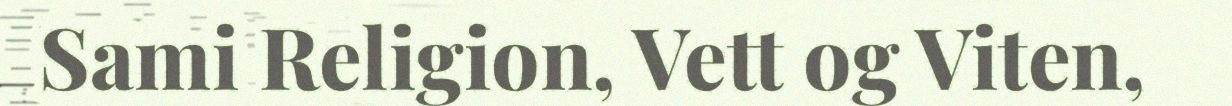
Sami Religion, Vett og Viten,